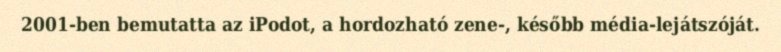
2001-ben bemutatta az iPodot, a hordozható zene-, később média-lejátszóját.